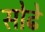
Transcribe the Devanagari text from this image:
सोढे